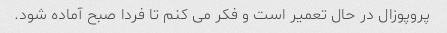
پروپوزال در حال تعمیر است و فکر می کنم تا فردا صبح آماده شود.